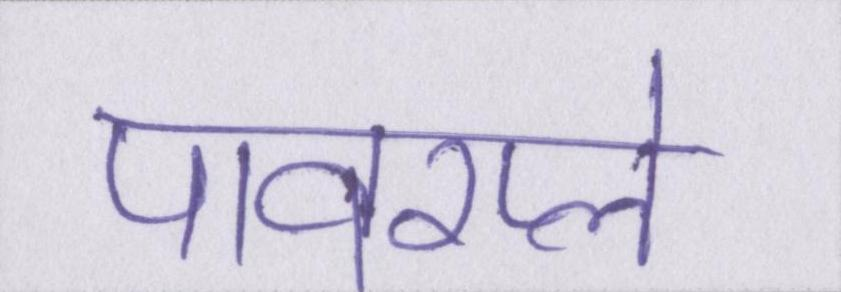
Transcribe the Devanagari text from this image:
पावरप्ले